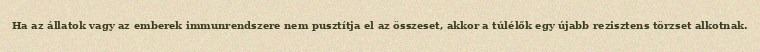
Ha az állatok vagy az emberek immunrendszere nem pusztítja el az összeset, akkor a túlélők egy újabb rezisztens törzset alkotnak.